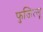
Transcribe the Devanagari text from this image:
फुजित्सू